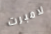
لامبرت